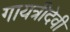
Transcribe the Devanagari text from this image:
गायत्रीदेवी